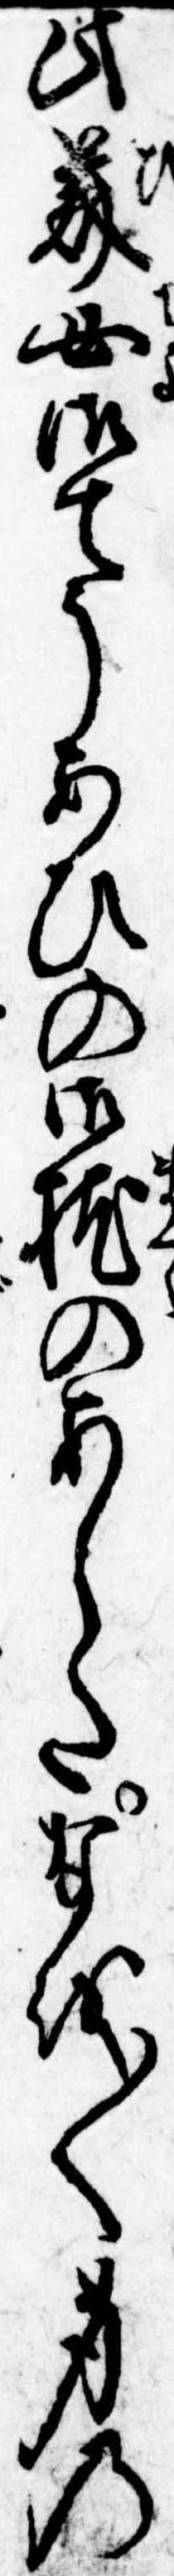
此美女御てうあひの御枕のあしたなを〱身の